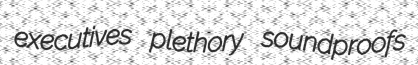
executives plethory soundproofs